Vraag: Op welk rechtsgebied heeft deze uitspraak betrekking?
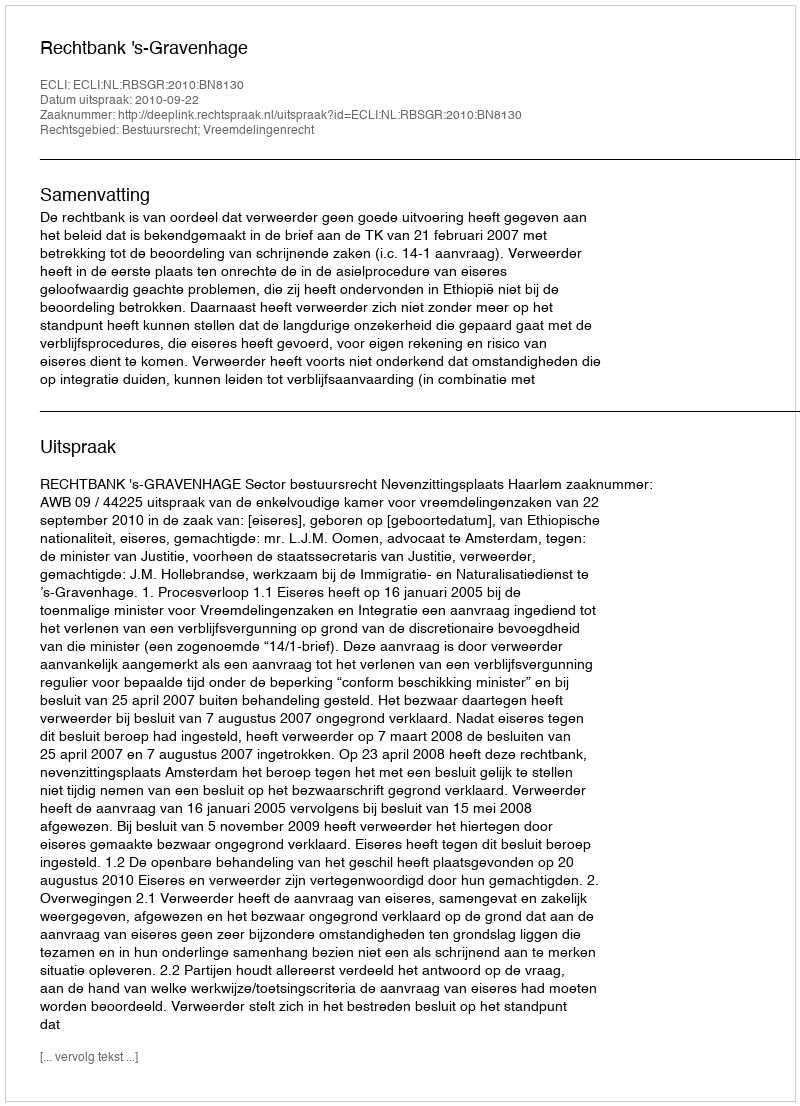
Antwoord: Bestuursrecht; Vreemdelingenrecht